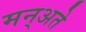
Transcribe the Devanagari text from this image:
मन्अते